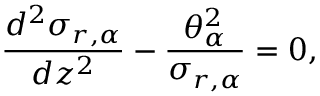
\frac { d ^ { 2 } \sigma _ { r , \alpha } } { d z ^ { 2 } } - \frac { \theta _ { \alpha } ^ { 2 } } { \sigma _ { r , \alpha } } = 0 ,